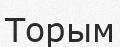
Торым